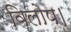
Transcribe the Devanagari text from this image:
विलोप।